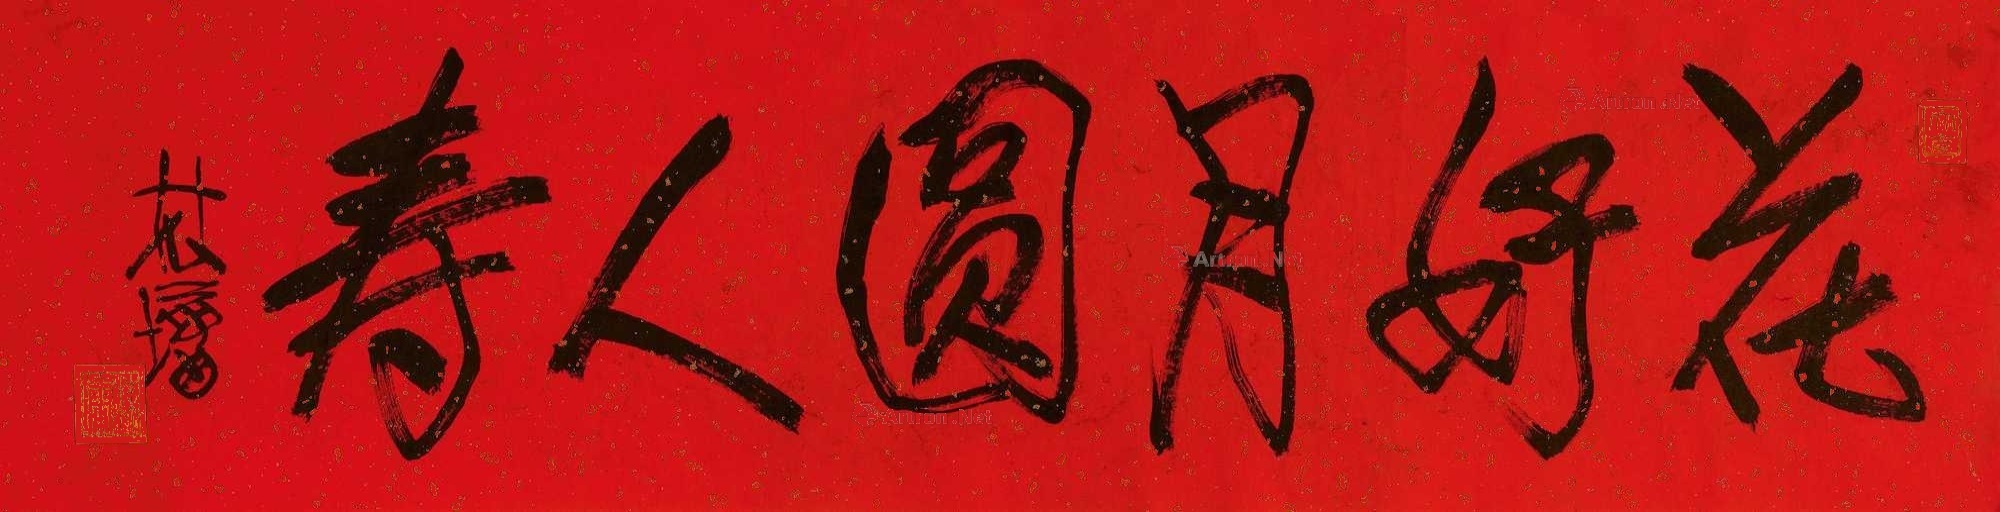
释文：花好月圆人寿林镛。